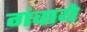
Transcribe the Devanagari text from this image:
गंवाये